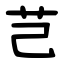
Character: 芑